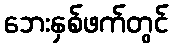
ဘေးနှစ်ဖက်တွင်